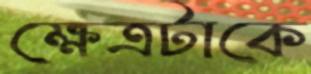
ক্ষেত্রটাকে